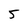
Character: 5